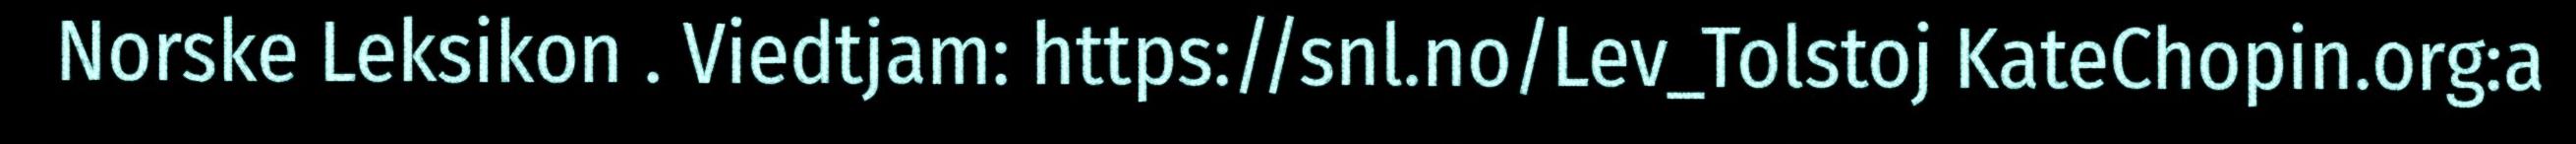
Norske Leksikon . Viedtjam: https://snl.no/Lev_Tolstoj KateChopin.org:a